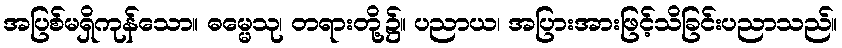
အပြစ်မရှိကုန်သော။ ဓမ္မေသု၊ တရားတို့၌။ ပညာယ၊ အပြားအားဖြင့်သိခြင်းပညာသည်။